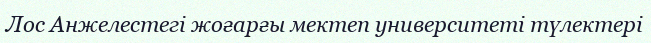
Лос Анжелестегі жоғарғы мектеп университеті түлектері